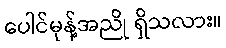
ပေါင်မုန့်အညို ရှိသလား။